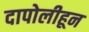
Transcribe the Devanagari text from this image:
दापोलीहून